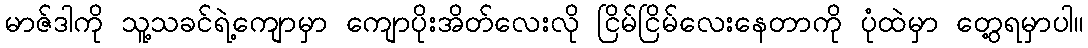
မာဇ်ဒါကို သူ့သခင်ရဲ့ကျောမှာ ကျောပိုးအိတ်လေးလို ငြိမ်ငြိမ်လေးနေတာကို ပုံထဲမှာ တွေ့ရမှာပါ။